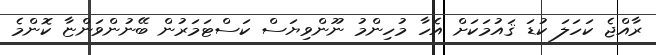
ރާއްޖެ ކަހަލަ ކުޑަ ޤައުމަކަށް އެހާ މުހިންމު ނޫންވިޔަސް ކަސްޓަމަރުން ބޭނުންވަންޏާ ކޮންމެ